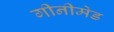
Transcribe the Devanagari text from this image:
गीनीमेड